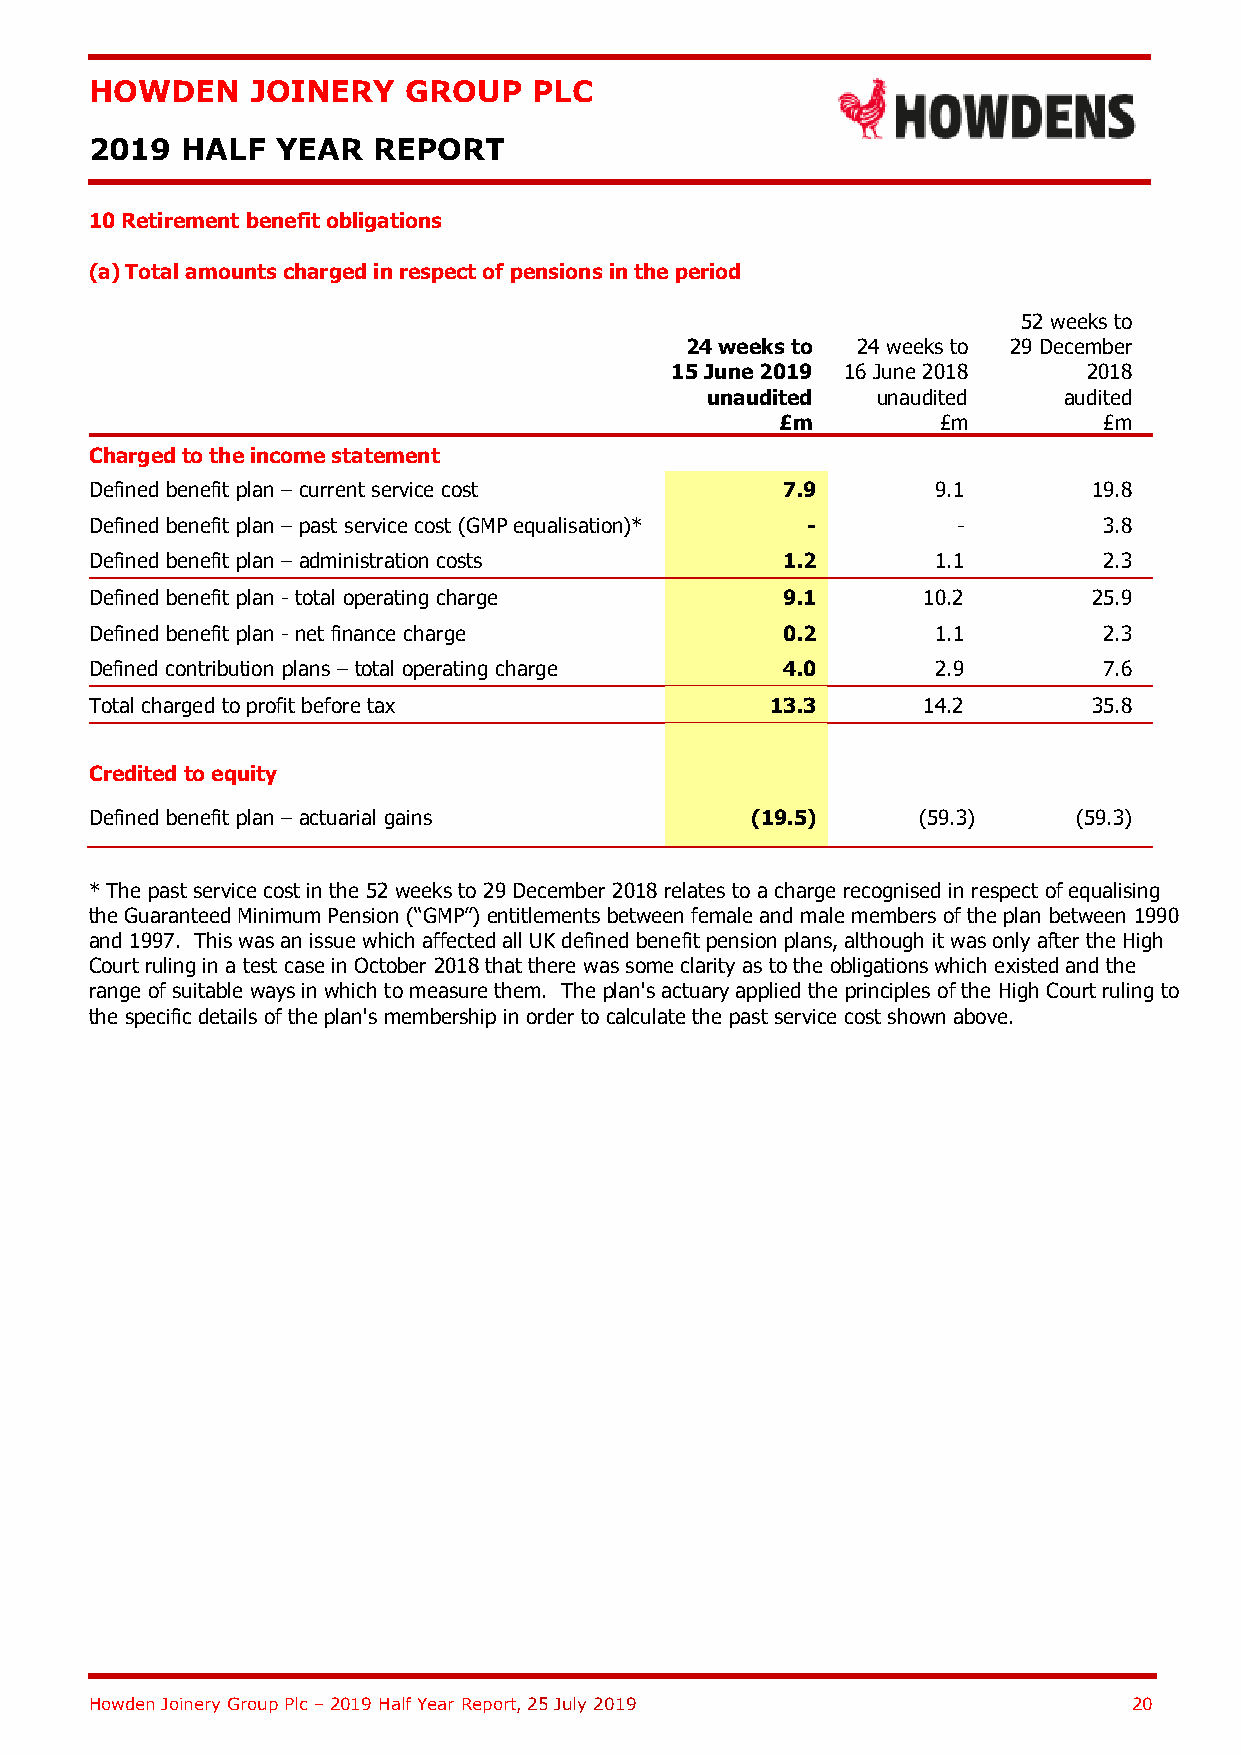
HOWDEN     JOINERY   GROUP   PLC
 2019  HALF  YEAR   REPORT
 10 Retirement benefit obligations
 (a) Total amounts charged in respect of pensions in the period
 52 weeks to
 24 weeks to 24 weeks to 29 December
 15 June 2019 16 June 2018   2018
 unaudited  unaudited   audited
 £m        £m         £m
 Charged to the income statement
 Defined benefit plan – current service cost   7.9       9.1       19.8
 Defined benefit plan – past service cost (GMP equalisation)* - -   3.8
 Defined benefit plan – administration costs   1.2       1.1        2.3
 Defined benefit plan - total operating charge 9.1      10.2       25.9
 Defined benefit plan - net finance charge     0.2       1.1        2.3
 Defined contribution plans – total operating charge 4.0 2.9        7.6
 Total charged to profit before tax           13.3      14.2       35.8
 Credited to equity
 Defined benefit plan – actuarial gains      (19.5)     (59.3)    (59.3)
 * The past service cost in the 52 weeks to 29 December 2018 relates to a charge recognised in respect of equalising
 the Guaranteed Minimum Pension (“GMP”) entitlements between female and male members of the plan between 1990
 and 1997. This was an issue which affected all UK defined benefit pension plans, although it was only after the High
 Court ruling in a test case in October 2018 that there was some clarity as to the obligations which existed and the
 range of suitable ways in which to measure them. The plan's actuary applied the principles of the High Court ruling to
 the specific details of the plan's membership in order to calculate the past service cost shown above.
 Howden Joinery Group Plc – 2019 Half Year Report, 25 July 2019       20